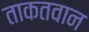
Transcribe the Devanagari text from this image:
ताकतवान